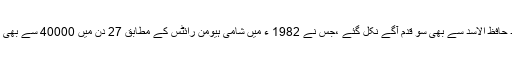
یعنی بشار الاسد کشت و خون کرنے میں اپنے والد حافظ الاسد سے بھی سو قدم آگے نکل گئے ،جس نے 1982 ء میں شامی ہیومن رائٹس کے مطابق 27 دن میں 40000 سے بھی زیادہ لوگوں کا محاصرہ کر کے قتل کروا دیا تھا ۔